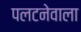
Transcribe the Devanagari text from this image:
पलटनेवाला